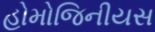
હોમોજિનીયસ